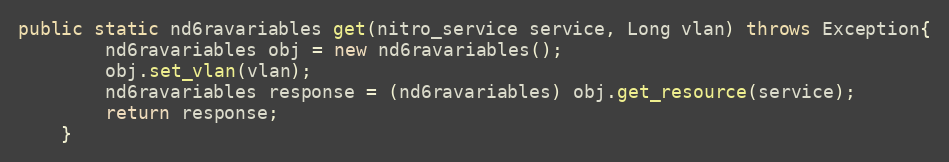
Language: Java
public static nd6ravariables get(nitro_service service, Long vlan) throws Exception{
		nd6ravariables obj = new nd6ravariables();
		obj.set_vlan(vlan);
		nd6ravariables response = (nd6ravariables) obj.get_resource(service);
		return response;
	}